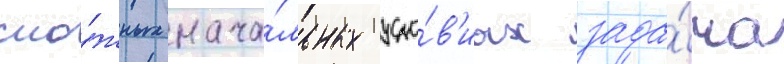
сло́жных нача́льных усло́в'иах зада́ча